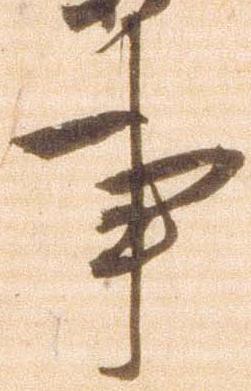
事